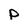
Character: p